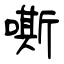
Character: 嘶